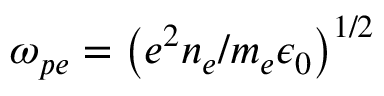
\omega _ { p e } = \left( e ^ { 2 } n _ { e } / m _ { e } \epsilon _ { 0 } \right) ^ { 1 / 2 }